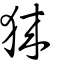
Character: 猍